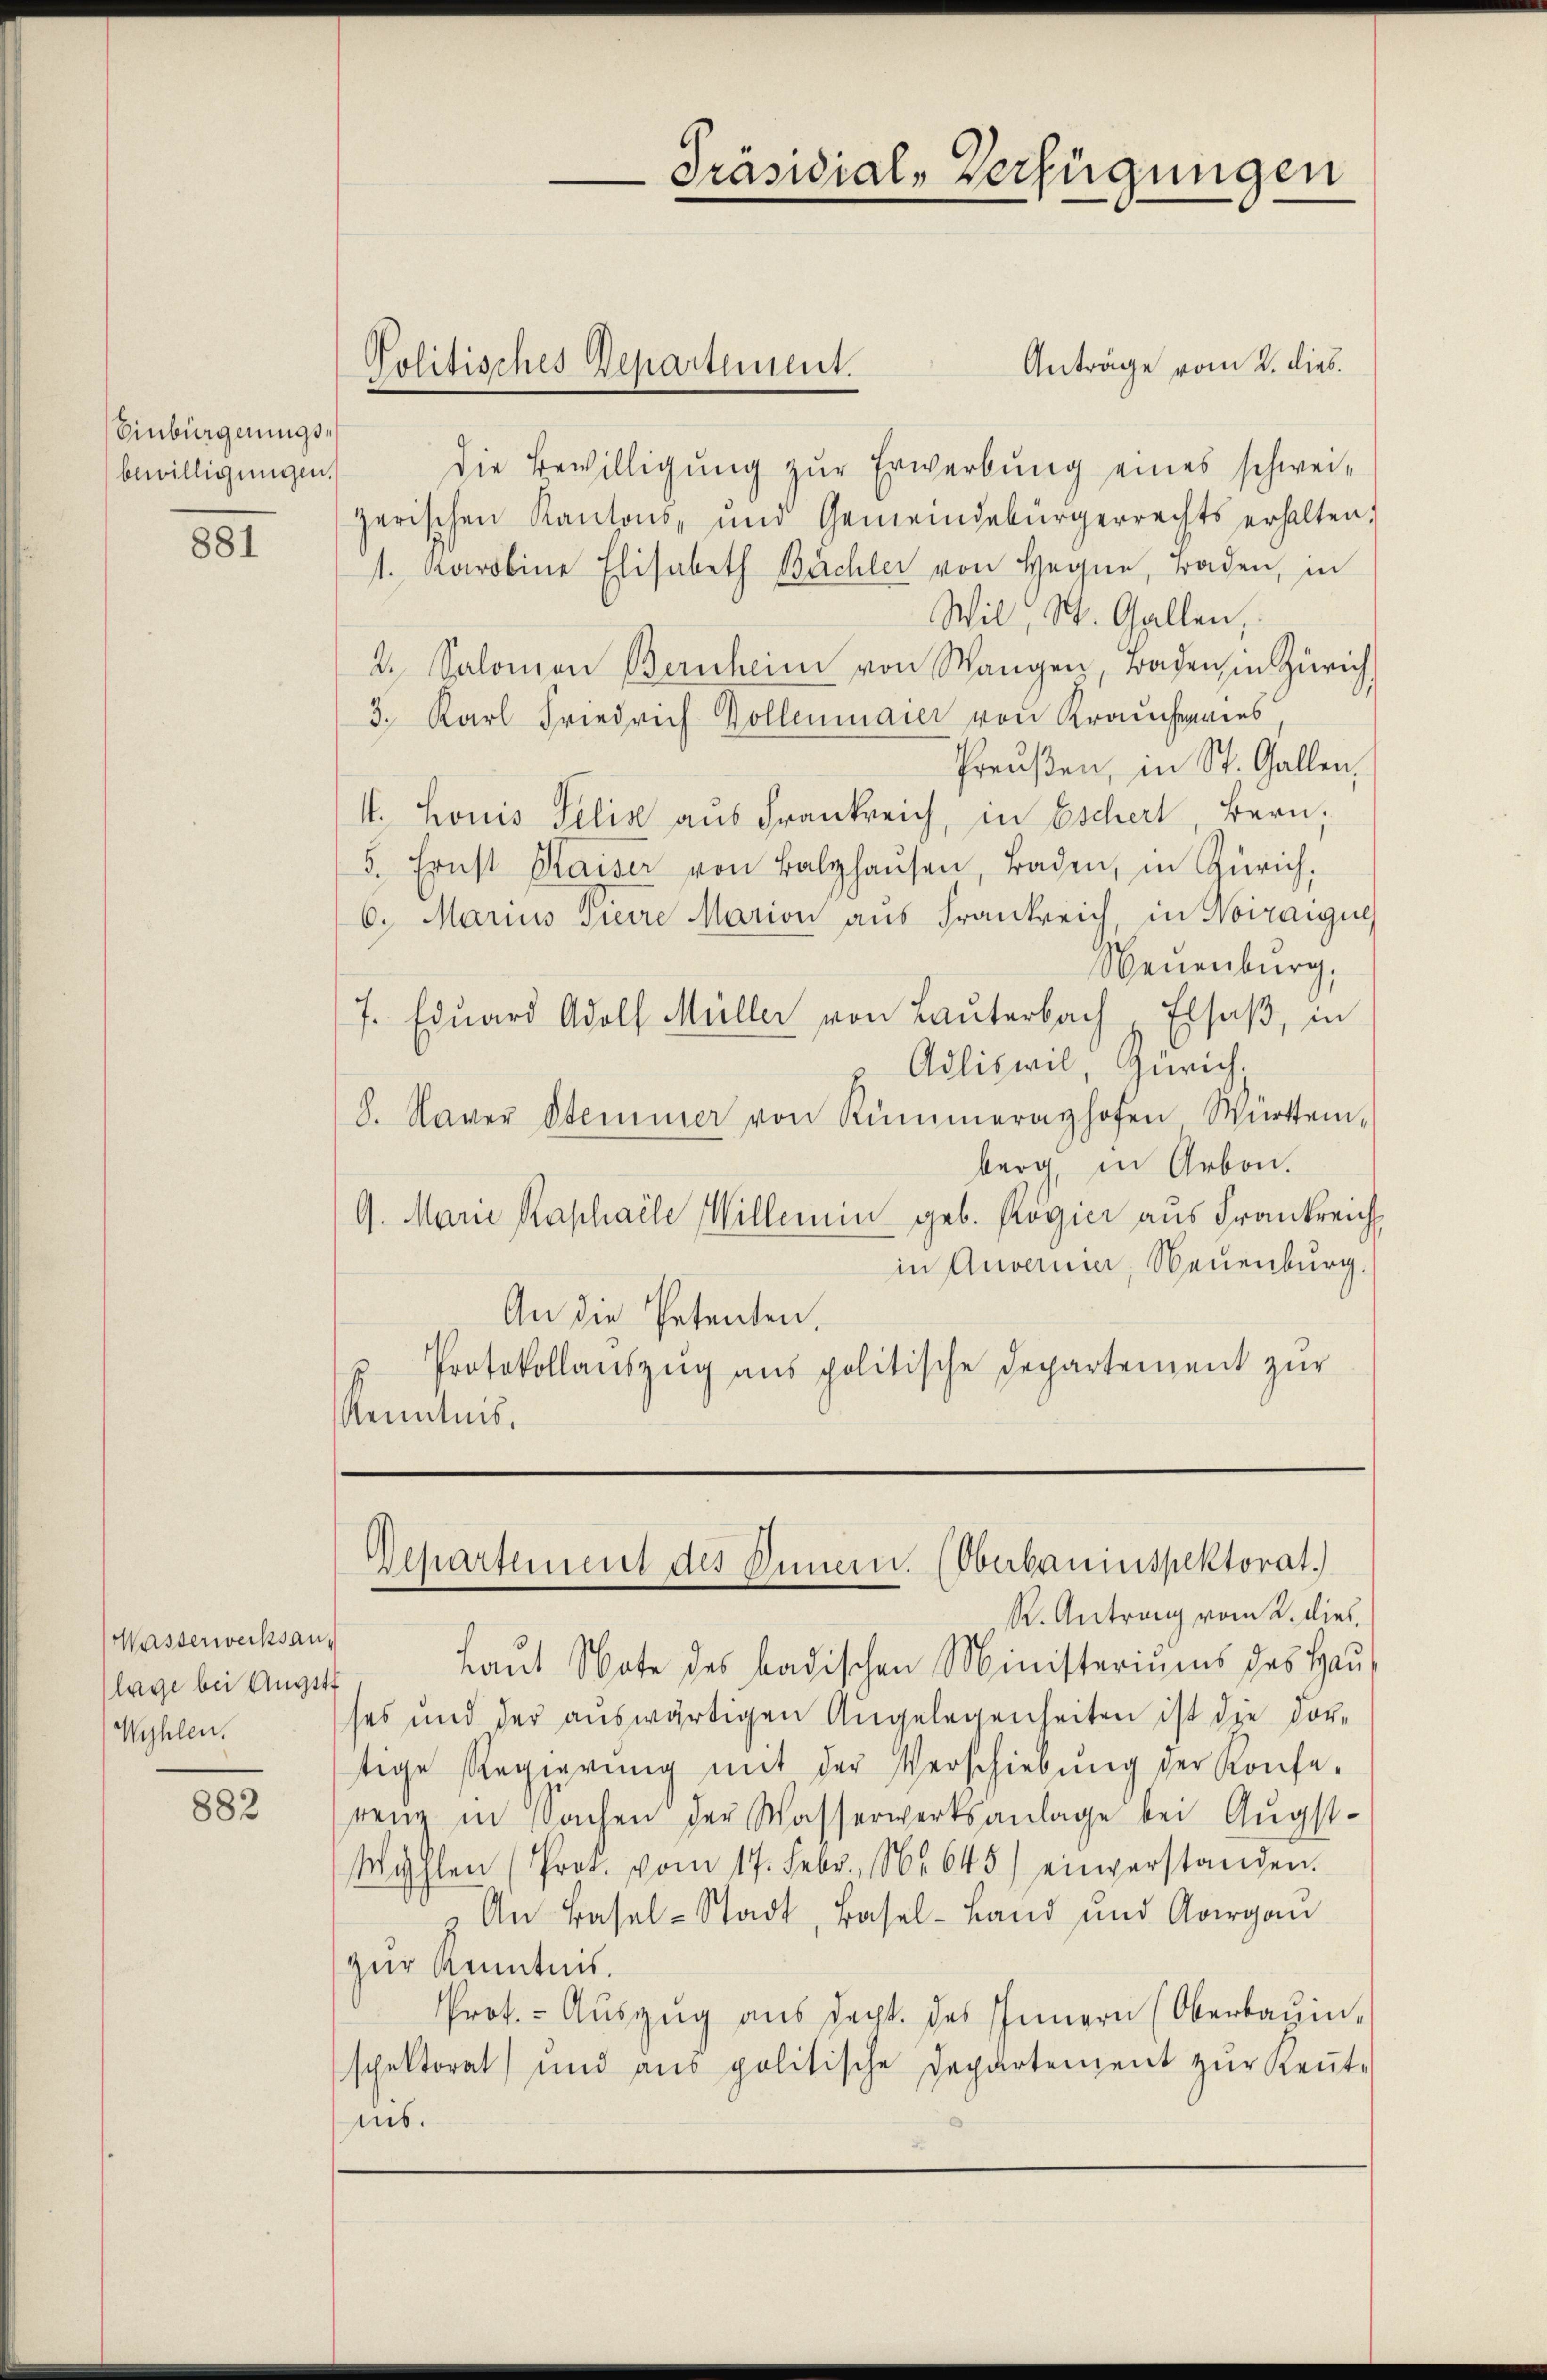
Einbiegnungsbewilligungen.

881

882

Anträge vom 2. dieb.
die Bewilligung zur Erwerbung eines schweizerischen Kantons ŭm Gemeindebürgerrechts erhalten,
1. Karoline Elisabeth Büchler von Hegne, Baden, in
Wil, W. Gallen,
2. Salomon Bernheim von Wangen, Baden in Zürich
3. Karl Friedrich Kollenmaier von Krauchenries
Preußen, in St. Gallen,
II. Louis Pelis aus Frankreich, in Eschert Bern,
5. Ernst Kaiser von Balzhaŭsen, Baden, in Zürich,
6. Marius Treire Marion aus Frankreich, in Noiraigue
Neuenburg,
7. Eduard Adolf Müller von Lauterbach Elsaß, in
Adliswil, Zürich,
8. Naver Stemmer von Rümmeraghofen Württemberg, in Arbon.
9. Marie Raphaele Willemin geb. Regier aus Frankreich
in Anvernier, Neuenburg.
An die Petenten.
Protokollauszug aus politische Departement zur
Kenntnis,

Wasserwerksanlage bei Augstt
Wyhlen.

Politisches Departement.

Präsidial-Verfügungen

Departement des Innern. (Oberbauinspektorat.)
R. Antrag vom 2. dies

Laŭt Note des badischen Ministeriums des Hauses und der auswärtigen Angelegenheiten ist die Vor-
tige Regierŭng mit der Verschiebŭng der Konfe-
renz in Sachen der Wasserwerksanlage bei Augst¬
Wahlen (Prot. vom 17. Febr. 16645) einverstanden.
 An Basel-Stadt, Basel-Land und Aargau
zur Kenntnis.
Prot. - Aŭszŭg aŭs decht. des Innern (Oberbauen,
spektorat und aŭs politische Departement zŭr Keṅt-
ins.